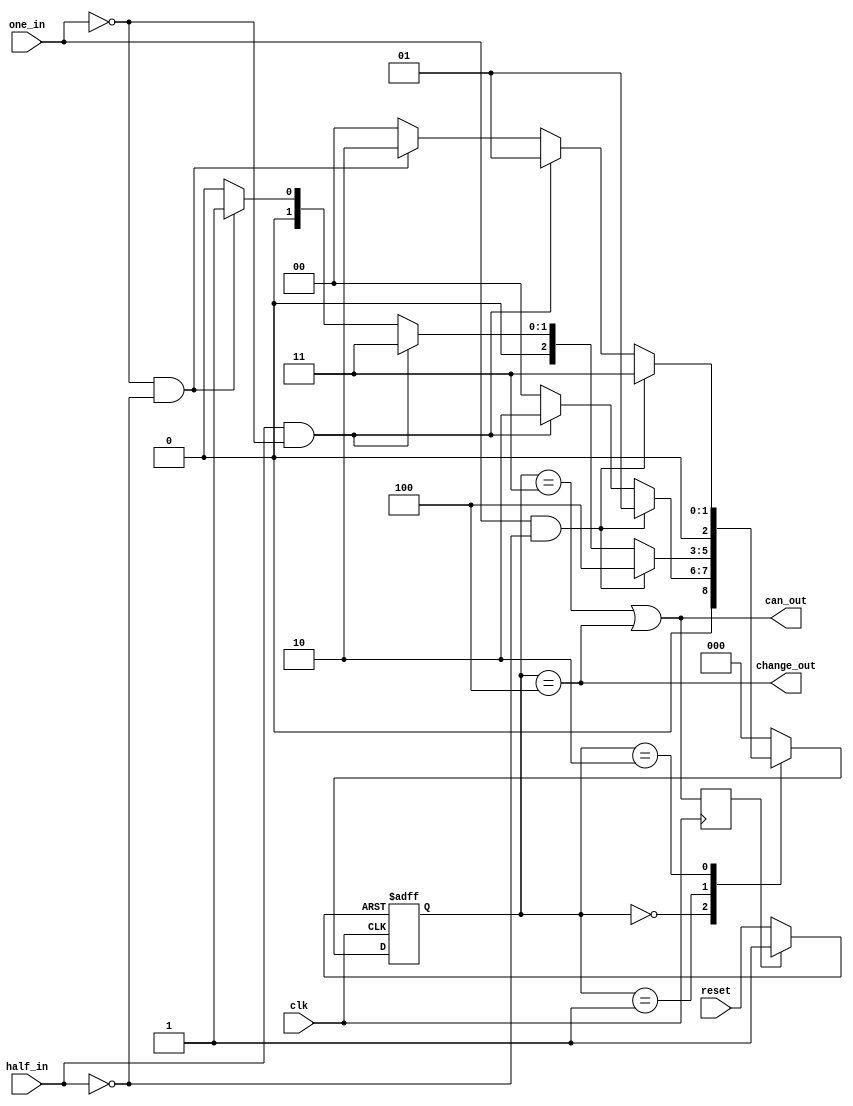
module vendingMachine(	output can_out,
						output change_out,
						input clk,
						input reset,
						input one_in,
						input half_in);

	wire rst = 1'b1;
	wire rstout;
	reg sel;
	reg [2:0] state, nextstate;

	parameter IDLE		= 3'b000;
	parameter ONELE		= 3'b001;
	parameter HALFLE	= 3'b010;
	parameter CANOUT	= 3'b011;
	parameter CHNGOUT	= 3'b100;

	assign rstout = sel ? rst : reset;

	// State Register
	always @ (posedge clk or posedge rstout) begin
		if (rstout)	state <= IDLE;
		else		state <= nextstate;
	end
	
	always @ (negedge clk) begin
		sel <= (state == CANOUT | state == CHNGOUT);
	end

	// Next State Logic
	always @ (*) begin
		case (state)
			IDLE:	if (one_in & ~half_in)			nextstate = ONELE;
					else if (half_in & ~one_in)		nextstate = HALFLE;
					else							nextstate = IDLE;
			ONELE: 	if (one_in & ~half_in)			nextstate = CHNGOUT;
					else if (half_in & ~one_in)		nextstate = CANOUT;
					else if (~one_in & ~half_in)	nextstate = ONELE;
					else							nextstate = IDLE;
			HALFLE:	if (one_in & ~half_in)			nextstate = CANOUT;
					else if (half_in & ~one_in)		nextstate = ONELE;
					else if (~one_in & ~half_in)	nextstate = HALFLE;
					else							nextstate = IDLE;
			CANOUT:									nextstate = IDLE;
			CHNGOUT:								nextstate = IDLE;
			default:								nextstate = IDLE;
		endcase
	end

	// Output Logic
	assign can_out = (state == CANOUT | state == CHNGOUT);
	assign change_out = (state == CHNGOUT);
endmodule